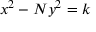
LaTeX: x ^ { 2 } - N y ^ { 2 } = k